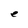
Character: e